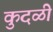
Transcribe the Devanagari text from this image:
कुदळी